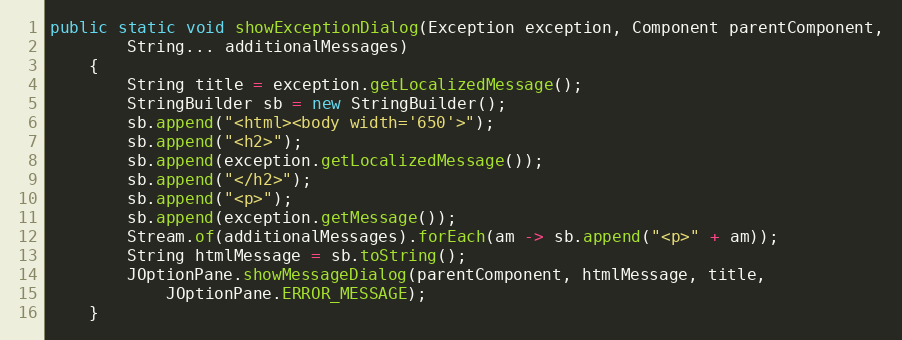
Language: Java
public static void showExceptionDialog(Exception exception, Component parentComponent,
		String... additionalMessages)
	{
		String title = exception.getLocalizedMessage();
		StringBuilder sb = new StringBuilder();
		sb.append("<html><body width='650'>");
		sb.append("<h2>");
		sb.append(exception.getLocalizedMessage());
		sb.append("</h2>");
		sb.append("<p>");
		sb.append(exception.getMessage());
		Stream.of(additionalMessages).forEach(am -> sb.append("<p>" + am));
		String htmlMessage = sb.toString();
		JOptionPane.showMessageDialog(parentComponent, htmlMessage, title,
			JOptionPane.ERROR_MESSAGE);
	}